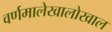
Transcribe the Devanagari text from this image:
वर्णमालेखालोखाल